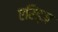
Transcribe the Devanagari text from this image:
एरिड्‌ज